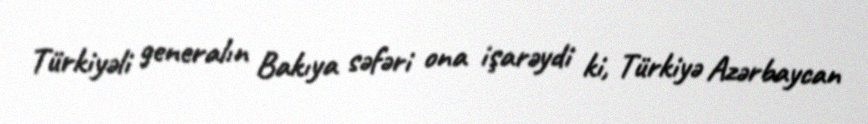
Türkiyəli generalın Bakıya səfəri ona işarəydi ki, Türkiyə Azərbaycan